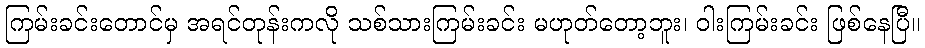
ကြမ်းခင်းတောင်မှ အရင်တုန်းကလို သစ်သားကြမ်းခင်း မဟုတ်တော့ဘူး၊ ဝါးကြမ်းခင်း ဖြစ်နေပြီ။